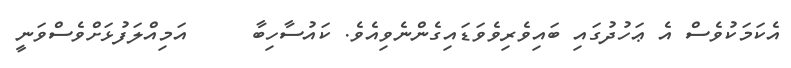
އެކަމަކުވެސް އެ ޢަހުދުގައި ބައިވެރިވެވަޑައިގެންނެވިއެވެ. ކައުސާހިބާ     އަމިއްލަފުޅަށްވެސްވަނީ